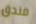
فندق